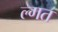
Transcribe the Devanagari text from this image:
ल्गत